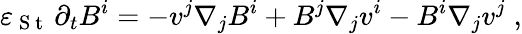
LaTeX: {\varepsilon}_{\mathrm{~S~t~}}\, \partial_{t}{B^{i}}=-v^{j}\nabla_{j}B^{i}+B^{j}\nabla_{j}v^{i}-B^{i}\nabla_{j}v^{j}\; ,